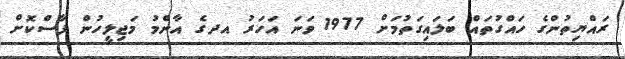
ރައްޔިތުންގެ ހައްގުތައް ބަލައިގަތުމަށް 1977 ވަނަ އަހަރު އދގެ އާންމު މަޖިލީހުން ފާސްކޮށް